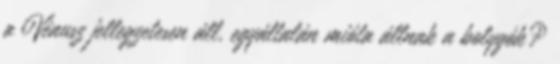
a Vénusz jellegzetesen áll, egyáltalán mióta állnak a bolygók?